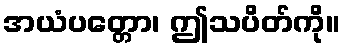
အယံပတ္တော၊ ဤသပိတ်ကို။